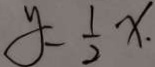
y = \frac { 1 } { 2 } x .